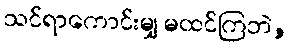
သင်ရာကောင်းမျှ မထင်ကြဘဲ,